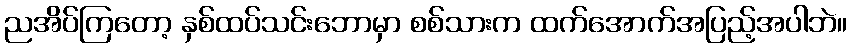
ညအိပ်ကြတော့ နှစ်ထပ်သင်းဘောမှာ စစ်သားက ထက်အောက်အပြည့်အပါဘဲ။